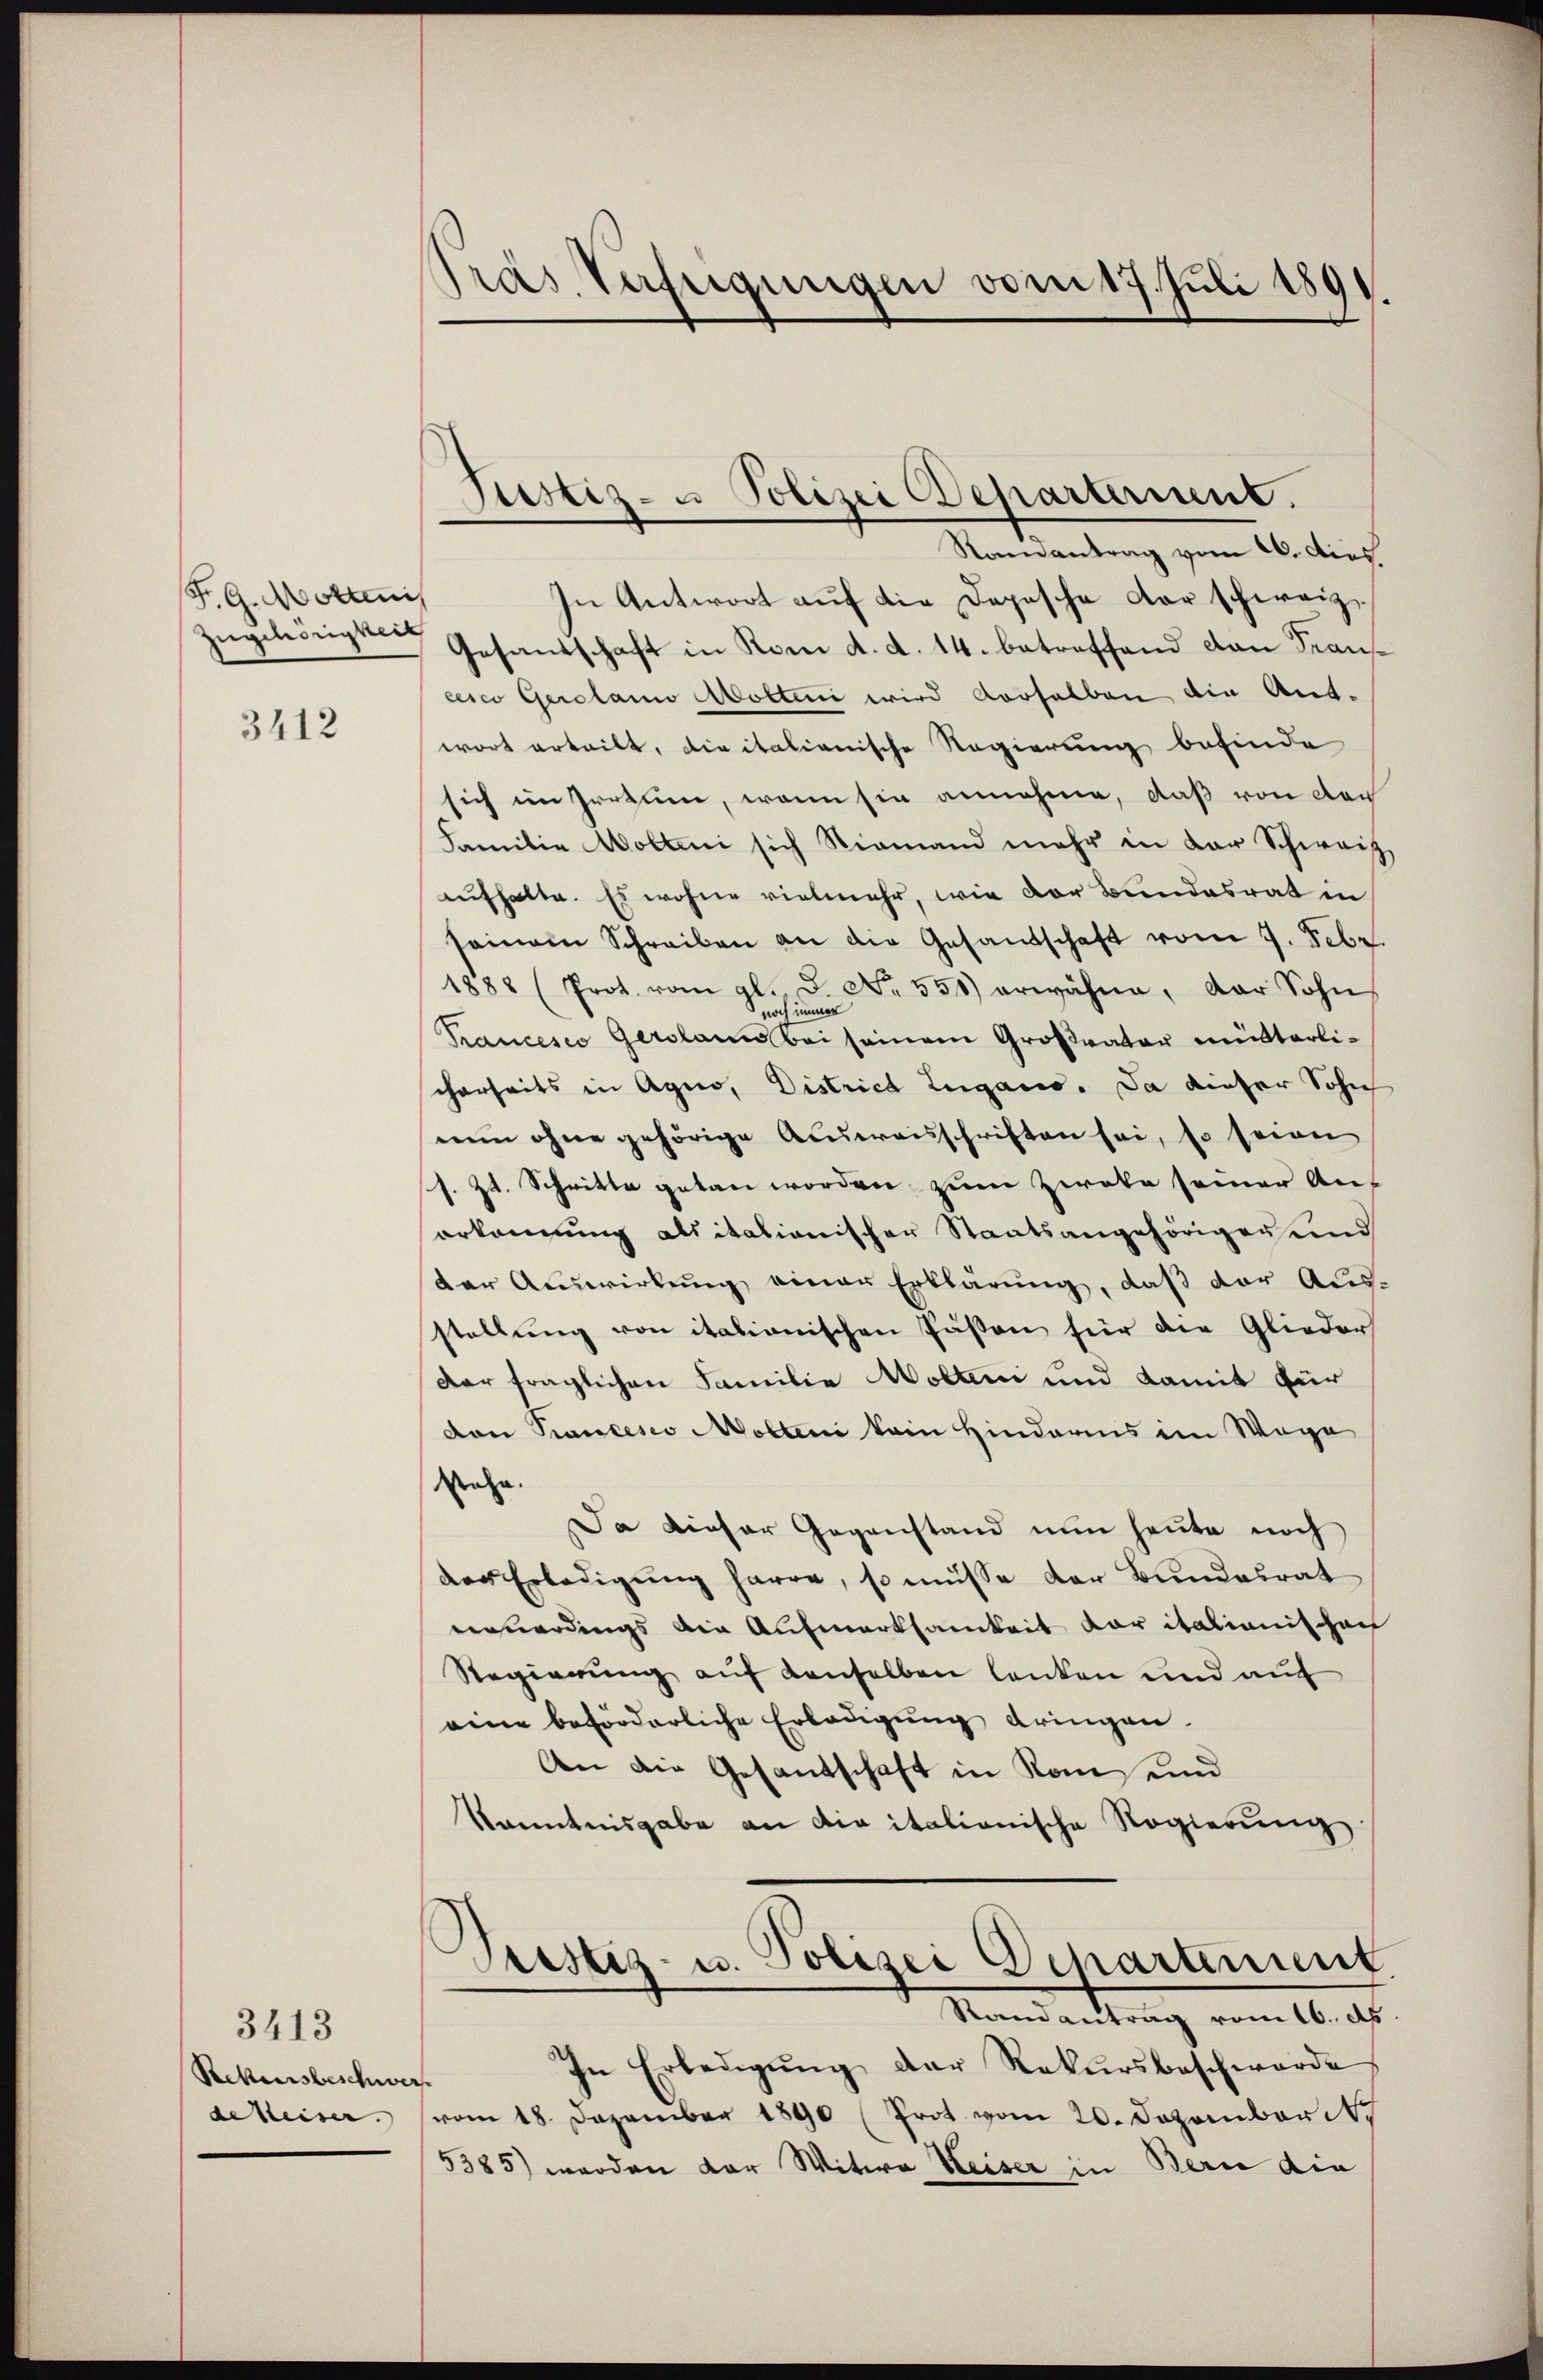
F. G. Mottanis
Zugehörigkeit

3412

3413
Rekursbeschwer
dmeier.

Präs. Verfügungen vom 17. Juli 1891.

Justiz- u Polizei Departerint.

Ramantrag vom 20. Dies
In Antwort auf die Depesche der schweiz
Gesandschaft in Rom d. d. 14. betreffend dan Franscesco Gerolam Mottini wird derselben die Ant-
wort erteilt, die italienische Regierung befinde
sich im Irrtum, wenn sie annehme, daß von doch
Familie Wolleni sich Niemand mehr in der Schweiz.
aufhalte. Es wohne vielmehr, wie der Bundesrat in
seinem Schreiben an die Gesandschaft vom 7. Febr.
1888 (Prot. vom gl. d. No. 551) erwähne, der Sohn
noch immer
Trancesco Gersams bei seinem Großvater mütterlicherseits in Agno, District Lugano. Da dieser Sohn
nun ohne gehörige Ausweisschriften sei, so seien
s. Zt. Schritte getan worden zum Zweke seiner Auf
erkennung als italionischer Staatsangehöriger und
der Auswirkung einer Erklärung, daß der Aus-
stellung von italienischen Päßen für die Glieder
Der fraglichen Familie Wolleni und damit für
dan Prancesco Molten kein Hindarmis im Wage
ahn.
Da dieser Gegenstand nun heute noch
der Erledigŭng harre, so müsse der Bundesrat
neuerdings die Aufmerksamkeit vor italienischen
Regierung auf denselben lenken und auf
eine beförderliche Erledigŭng dringen.
An die Gesandschaft in Roms und
Kenntnisgabe an die italionische Regierŭng
Tristiz- u. Polizei Departenung.
Randantrag vom 16. ds
In Erledigŭng der Rekursbeschwerde
vom 18. Dezember 1890 (Prot vom 20. Dezember d
5385) worden der Witwe Weiser in Bern die